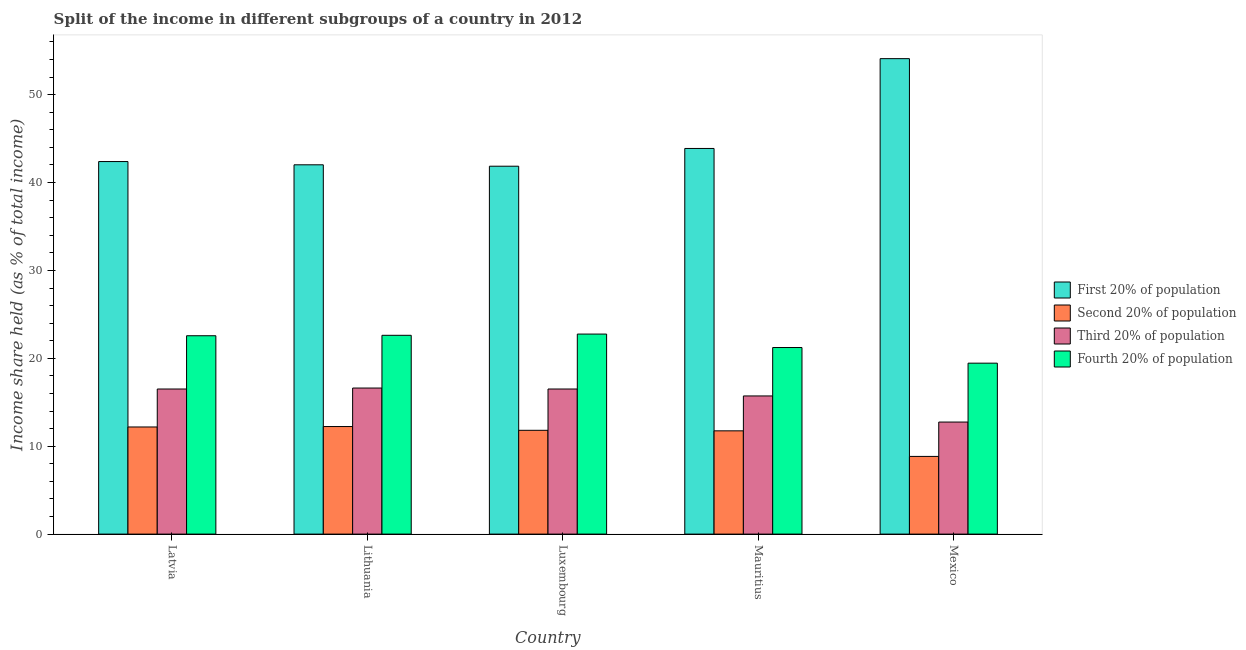
| Country | First 20% of population | Second 20% of population | Third 20% of population | Fourth 20% of population |
 | --- | --- | --- | --- | --- |
 | Latvia | 42.4 | 12.2 | 16.5 | 22.6 |
 | Lithuania | 42 | 12.2 | 16.6 | 22.6 |
 | Luxembourg | 41.9 | 11.8 | 16.5 | 22.8 |
 | Mauritius | 43.9 | 11.8 | 15.7 | 21.2 |
 | Mexico | 54.1 | 8.84 | 12.8 | 19.4 |